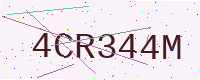
Text: 4CR344M